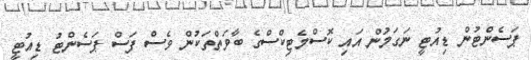
ޕަސެންޓުން ޑިއުޓީ ނަގަމުން އައި ކޮސްމެޓިކްސްގެ ބާވަތްތަކުން ވެސް ފަސް ޕަސެންޓު ޑިއުޓީ